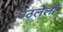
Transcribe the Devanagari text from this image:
उठलेली